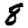
Digit: 8